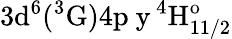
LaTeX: \mathrm{3d^{6}(^{3}G)4p\ y\, ^{4}H_{11/2}^{o}}